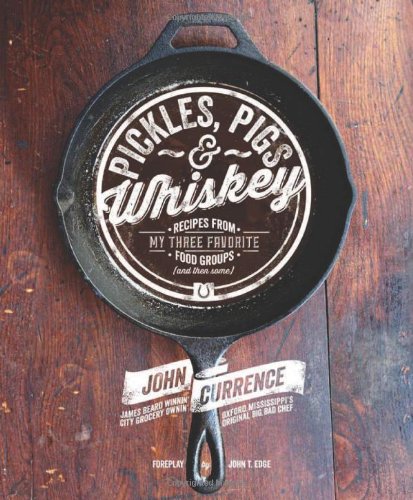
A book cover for Pickles, Pigs & Whiskey: Recipes from My Three Favorite Food Groups and Then Some; John Currence; Cookbooks, Food & Wine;